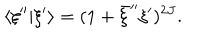
\langle \xi ^ { \prime \prime } \vert \xi ^ { \prime } \rangle = ( 1 + \bar { \xi } ^ { \prime \prime } \xi ^ { \prime } ) ^ { 2 J } .